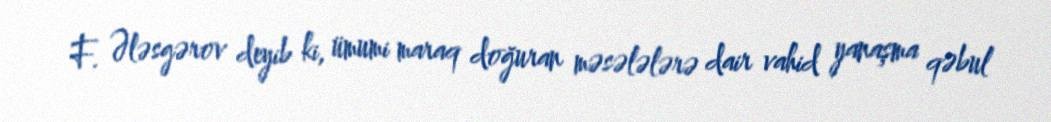
F. Ələsgərov deyib ki, ümumi maraq doğuran məsələlərə dair vahid yanaşma qəbul